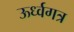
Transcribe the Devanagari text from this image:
ऊर्ध्वगत्र